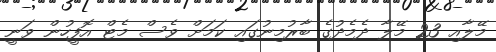
މޭލާއި 23 މޭލާ ދެމެދުގެ ބާރުމިނުގައި ކަމަށް ވެސް މެޓް އޮފީހުން ވަނީ